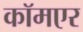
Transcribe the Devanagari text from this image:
कॉमएर